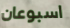
اسبوعان